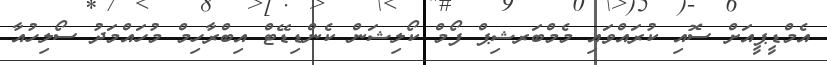
އެމްޑީޕީއަށް ސޮއި ކުރައްވައި މެމްބަރޝިޕް ފޯމް ކޯލިޝަން ކެންޑިޑޭޓް އިބްރާހިމް މުހައްމަދު ސޯލިހުއާ